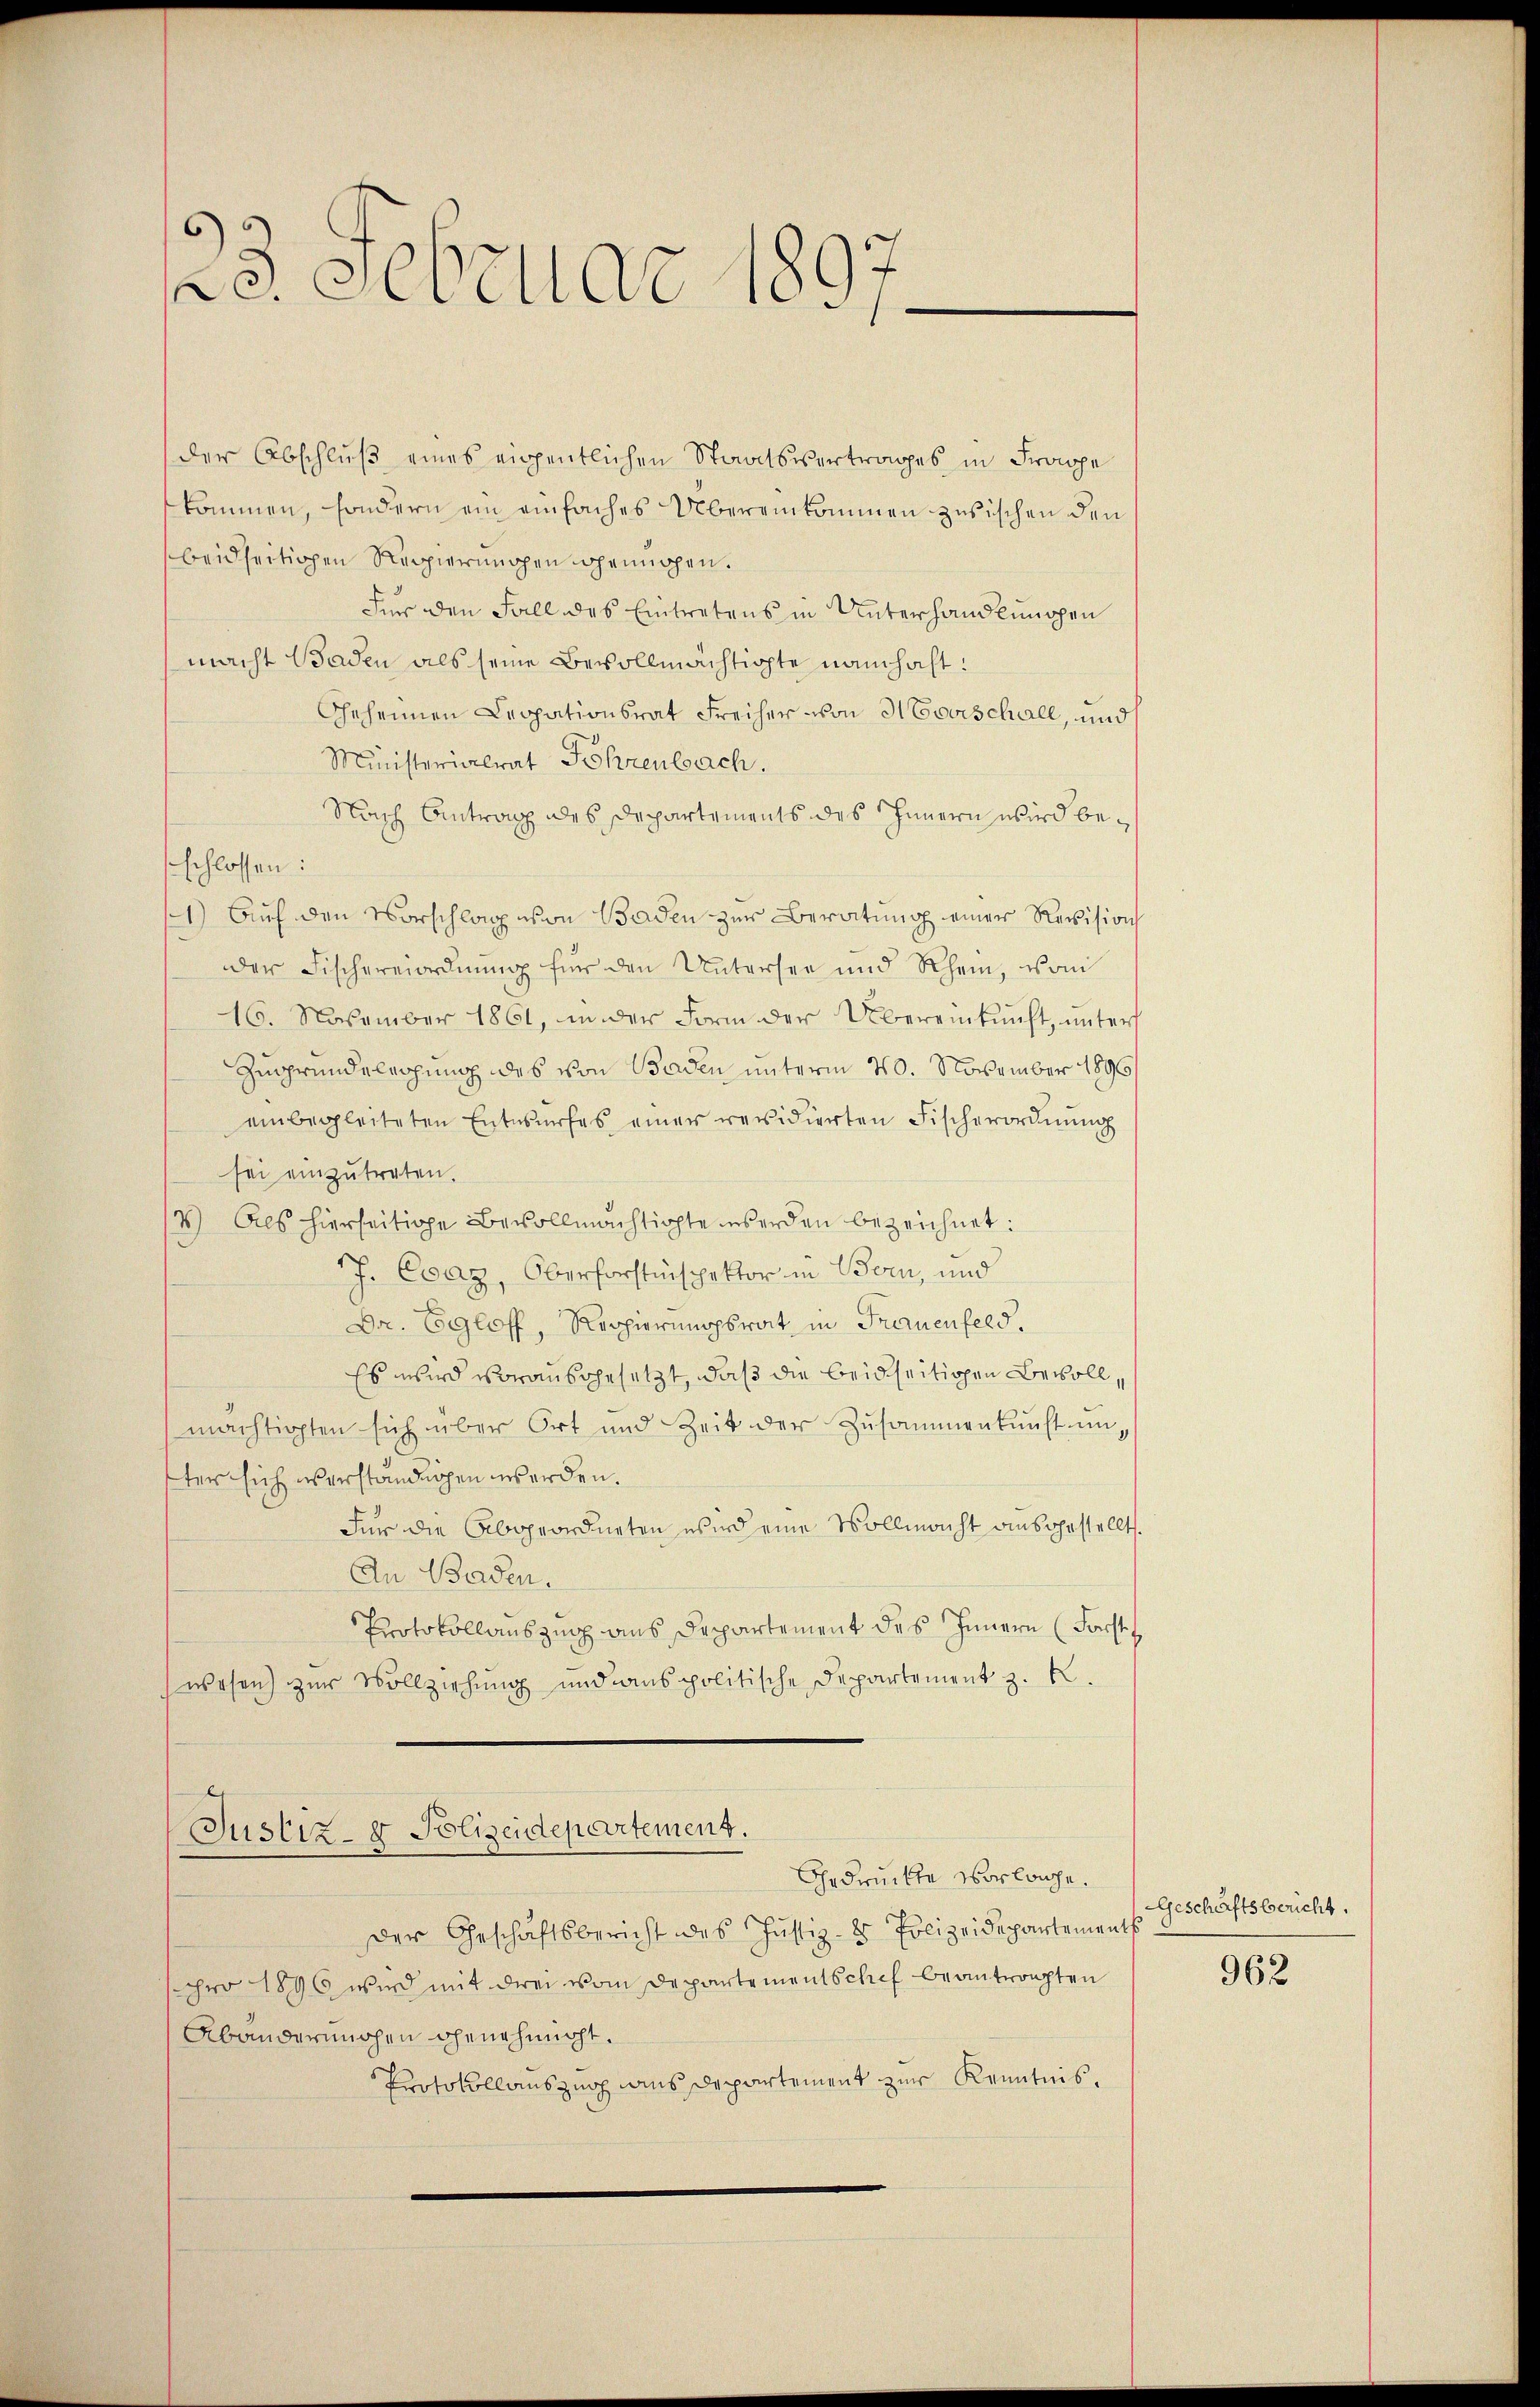
23. Sebellar u.

der Abschluß eines eigentlichen Staatsvertrages in Frage
kommen, sondern ein einfaches Übereinkommen zwischen den
beidseitigen Reppierungen genügen.
Für den Fall des Eintretens in Unterhandlungen
macht Baden als seine Bevollmächtigte namhaft:
Geheimen Leopationsrat Freiher von Averschall, und
Ministerialrat Föhrenbach.
Nach Antrag des Departements des Innern wird be¬
1) Auf den Vorschlag von Baden zur Beratung einer Revision
dder Fischereiordnŭng für den Untersee und Rhein, vom
16. November 1861, in der Form der Übereinkunft, ŭnter
Zugrundeleihung des von Baden unterm 20. November 1896
einbegleiteten Entwŭrfes einer revidierten Fischerordnŭng
sei einzutreten.
/4) Als hierseitige Bevollmächtigte werden bezeichnet:
1J. Evaz, Oberforstinspektor in Bern, und
Dr. Egloff, Reppierungsrat in Frauenfeld.
Es wird vorausgesetzt, daß die beidseitigen Bevoll,
mächtigten sich über Ort und Zeit der Zusammenkunft unster sich verständigen werden.
Für die Abgeordneten wird eine Vollmacht ausgestellt.
An Baden.
Protokollauszug aus Departement des Innern (Forst
wesen) zur Vollziehŭng und anspolitische Departement z. B.
Justiz- & Polizeidepartement.
Gedruckte vorlage.
Der Geschäftsbericht des Justiz- & Polizeidepartements
sepro 1896 wird mit drei vom Departementschef beantworten
Abänderungen genehmigt.
Protokollauszug aus Departement zur Kenntnis¬

schlossen:

Geschaftsbericht.

962